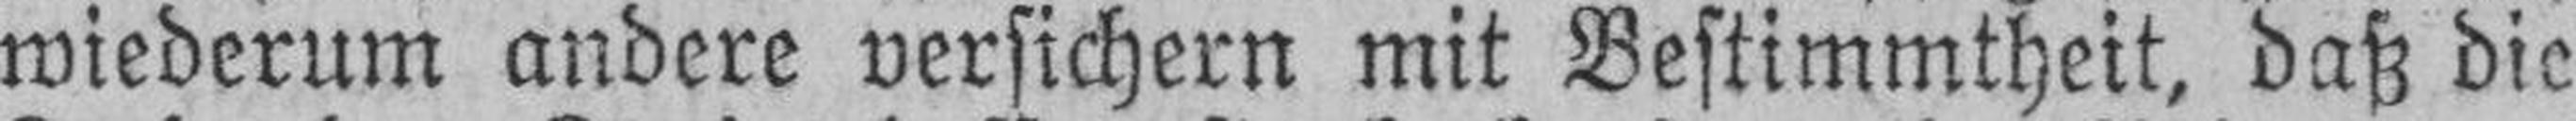
wiederum andere versichern mit Bestimmtheit, daß die